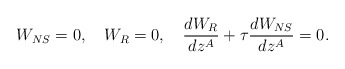
\begin{align*}W_{NS}=0,\quad W_{R}=0, \quad {dW_R\over dz^A}+\tau{dW_{NS}\over dz^A}=0.\end{align*}